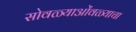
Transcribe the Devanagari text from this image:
सोवळ्याओंवळ्याचा